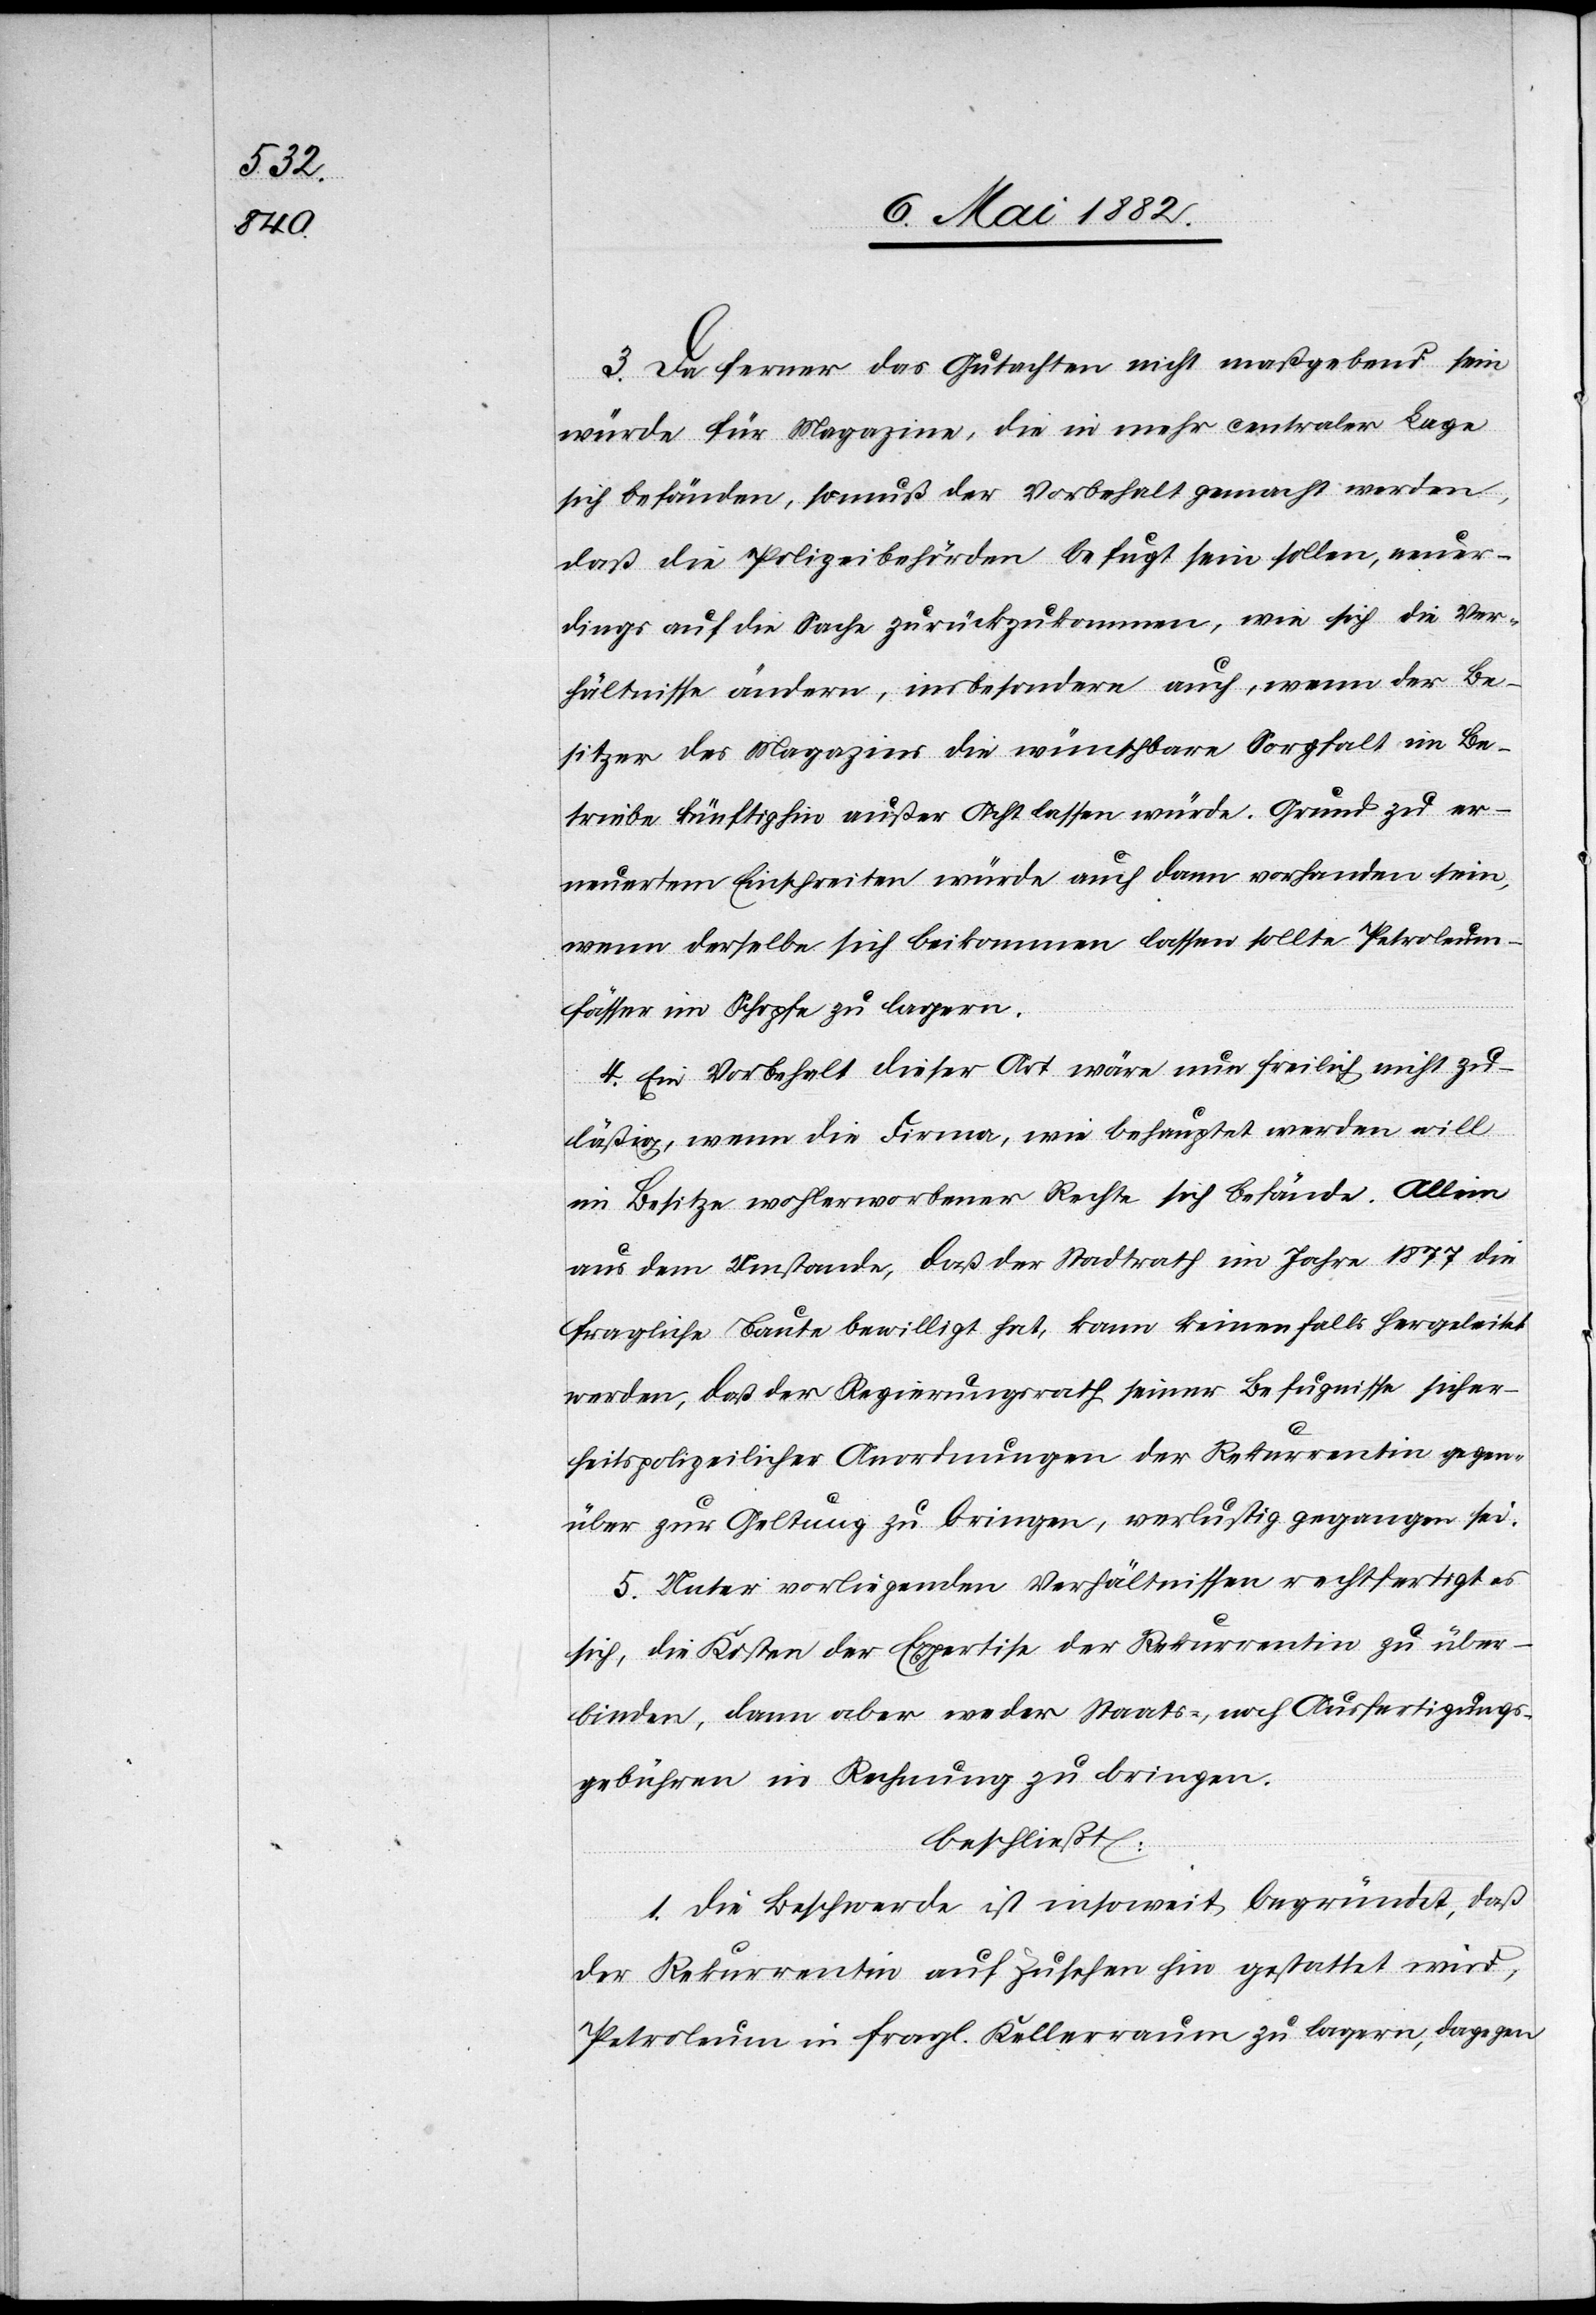
neuer¬

3. Da ferner das Gutachten nicht maßgebend sein
würde für Magazine, die in mehr centraler Lage
sich befänden, so muß der Vorbehalt gemacht werden,
dings auf die Sache zurückzukommen, wie sich die Ver¬
hältnisse ändern, insbesondere auch, wenn der Be¬
sitzer des Magazins die wünschbare Sorgfalt im Be¬
triebe künftig außer Acht lassen würde. Grund zu er¬
neuertem Einschreiten würde auch dann vorhanden sein,
wenn derselbe sich beikommen lassen sollte Petroleum¬
fässer im Schopfe zu lagern.
4. Ein Vorbehalt dieser Art wäre nun freilich nicht zu¬
läßig, wenn die Firma, wie behauptet werden will
im Besitze wohlerworbener Rechte sich befände. Allein
aus dem Umstande, daß der Stadtrath im Jahre 1877 die
fragliche Baute bewilligt hat, kann keinenfalls hergeleitet
werden, daß der Regierungsrath seiner Befugnisse sicher¬
heitspolizeilicher [sic!] Anordnungen der Rekurrentin gegen¬
über zur Geltung zu bringen, verlustig gegangen sei.
5. Unter vorliegenden Verhältnissen rechtfertigt es
sich, die Kosten der Expertise der Rekurrentin zu über¬
binden, dann aber weder Staats-, noch Ausfertigungs¬
gebühren in Rechnung zu bringen.
beschließt:
1. Die Beschwerde ist insoweit begründet, daß
der Rekurrentin auf Zusehen hin gestattet wird,
Petroleum in fragl. Kellerraum zu lagern, dagegen